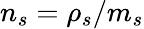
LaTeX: n_{s}=\rho_{s}/m_{s}